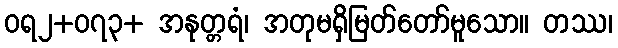
ဝရ၂+၀၇၃+ အနုတ္တရံ၊ အတုမရှိမြတ်တော်မူသော။ တဿ၊